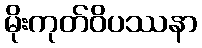
မိုးကုတ်ဝိပဿနာ